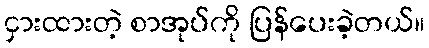
ငှားထားတဲ့ စာအုပ်ကို ပြန်ပေးခဲ့တယ်။